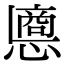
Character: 𢠀